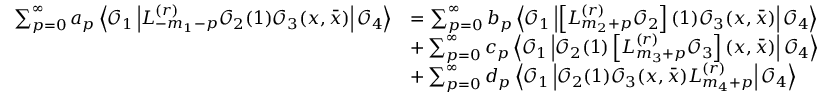
\begin{array} { r l } { \sum _ { p = 0 } ^ { \infty } a _ { p } \left\langle \mathcal { O } _ { 1 } \left| L _ { - m _ { 1 } - p } ^ { ( r ) } \mathcal { O } _ { 2 } ( 1 ) \mathcal { O } _ { 3 } ( x , \bar { x } ) \right| \mathcal { O } _ { 4 } \right\rangle } & { = \sum _ { p = 0 } ^ { \infty } b _ { p } \left\langle \mathcal { O } _ { 1 } \left| \left[ L _ { m _ { 2 } + p } ^ { ( r ) } \mathcal { O } _ { 2 } \right] ( 1 ) \mathcal { O } _ { 3 } ( x , \bar { x } ) \right| \mathcal { O } _ { 4 } \right\rangle } \\ & { + \sum _ { p = 0 } ^ { \infty } c _ { p } \left\langle \mathcal { O } _ { 1 } \left| \mathcal { O } _ { 2 } ( 1 ) \left[ L _ { m _ { 3 } + p } ^ { ( r ) } \mathcal { O } _ { 3 } \right] ( x , \bar { x } ) \right| \mathcal { O } _ { 4 } \right\rangle } \\ & { + \sum _ { p = 0 } ^ { \infty } d _ { p } \left\langle \mathcal { O } _ { 1 } \left| \mathcal { O } _ { 2 } ( 1 ) \mathcal { O } _ { 3 } ( x , \bar { x } ) L _ { m _ { 4 } + p } ^ { ( r ) } \right| \mathcal { O } _ { 4 } \right\rangle } \end{array}